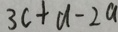
3 c + d - 2 a